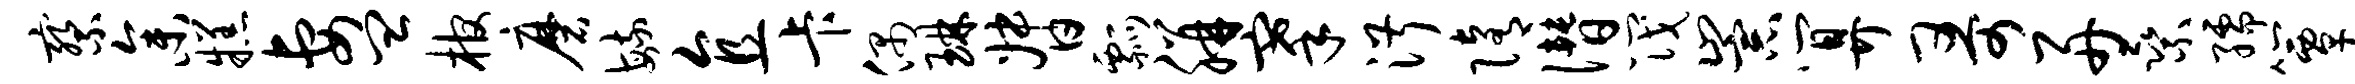
察参糕妻皿棺磨毓直卡偶琳督瓢胼搴淑隋僭筏崇算哥舟乘孺簟